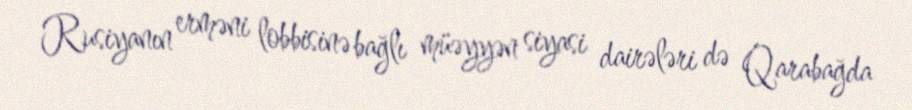
Rusiyanın erməni lobbisinə bağlı müəyyən siyasi dairələri də Qarabağda